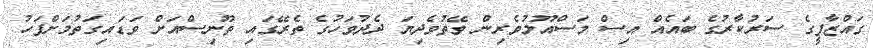
ގައްޒާފީގެ ސަރުކާރުގެ ބައެއް އިސް މަސްއޫލުވެރިން ވޭތުވެދިޔަ ދެދުވަހުގެ ތެރޭގައި ތޫނިސްއަށް ވަޑައިގަތުމަށްފަހު